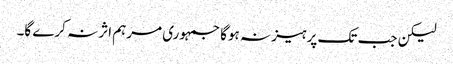
لیکن جب تک پرہیز نہ ہوگا جمہوری مرہم اثر نہ کرے گا۔